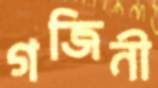
গজিনী